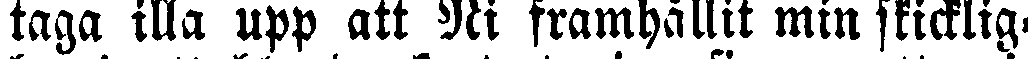
taga illa upp att Ni framhållit min skicklig-